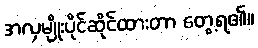
အလှမျိုးပိုင်ဆိုင်ထားတာ တွေ့ရ၏။